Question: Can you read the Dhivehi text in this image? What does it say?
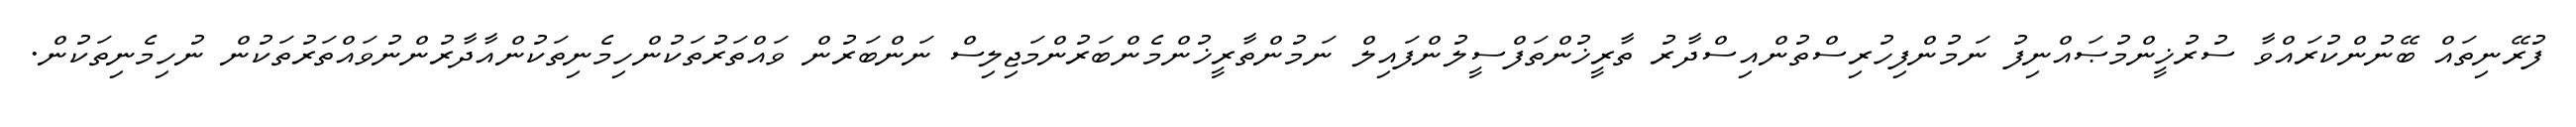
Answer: ފުރޭނިތައް ބޭނުންކުރައްވާ ސުރުޚީންމުޞައްނިފު ނަމުންފިހުރިސްތުންއިސްދާރު ތާރީޚުންތަފްސީލުންފައިލް ނަމުންތާރީޚުންމެންބަރުންމަޖިލިސް ނަންބަރުން ވައްތަރުތަކުންހިމެނިތަކުންއާދާރުންނުވައްތަރުތަކުން ނުހިމެނިތަކުން.